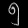
Digit: ၅